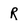
Character: R